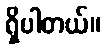
ရှိပါတယ်။